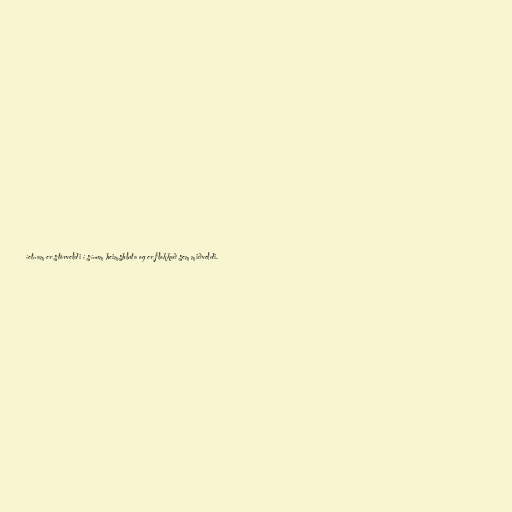
íetnam er stórveldi í sínum heimshluta og er flokkað sem miðveldi.